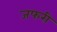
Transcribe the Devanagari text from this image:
जफरी